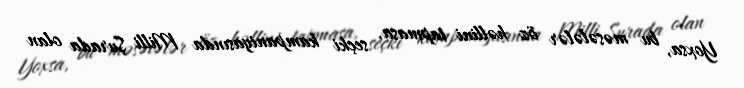
Yoxsa, bu məsələlər öz həllini tapmasa, seçki kampaniyasında Milli Şurada olan